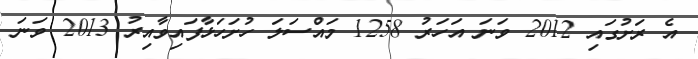
އެ ރަށުގައި 2012 ވަނަ އަހަރު 1258 މައްސަލަ ހުށަހަޅާފައިވާއިރު 2013 ވަނަ